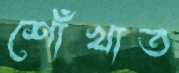
শোঁখাত